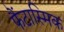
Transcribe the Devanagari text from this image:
फैंटास्मिक